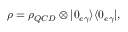
\rho = \rho _ { Q C D } \otimes | 0 _ { e \gamma } \rangle \langle 0 _ { e \gamma } | ,